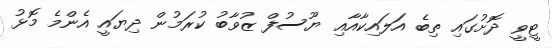
ޓީވީ ދޮށުގައި ތިބެ އަލައިކާއާއި ޔޫސުފް ޒުވާބު ކުރަމުން ދިޔައީ އެންމެ މޮޅު